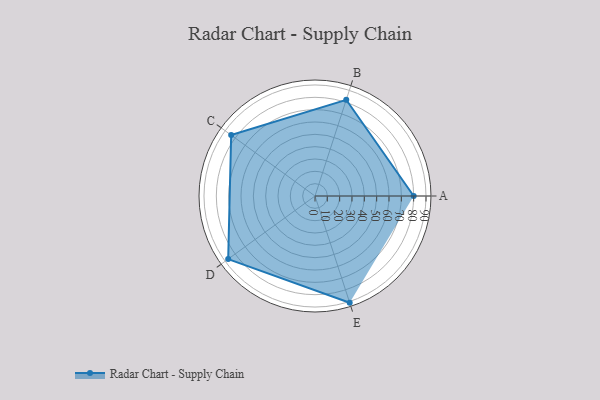
{"axis": {"x": "Skill", "y": "Score"}, "legend": ["Profile"], "data": [{"x": "A", "y": 80.0, "type": "Profile"}, {"x": "B", "y": 82.0, "type": "Profile"}, {"x": "C", "y": 84.0, "type": "Profile"}, {"x": "D", "y": 87.0, "type": "Profile"}, {"x": "E", "y": 91.0, "type": "Profile"}]}